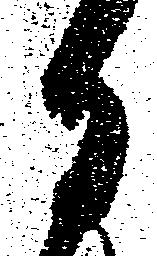
る